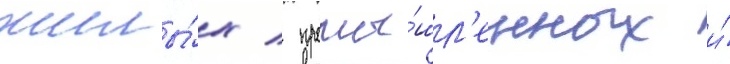
жилы́х / промы́шл'енных и́